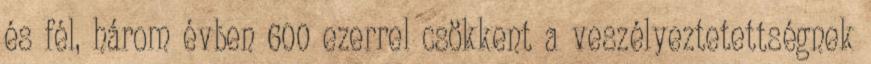
és fél, három évben 600 ezerrel csökkent a veszélyeztetettségnek